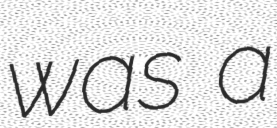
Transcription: was a